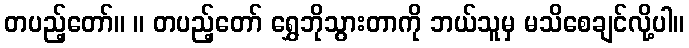
တပည့်တော်။ ။ တပည့်တော် ရွှေဘိုသွားတာကို ဘယ်သူမှ မသိစေချင်လို့ပါ။